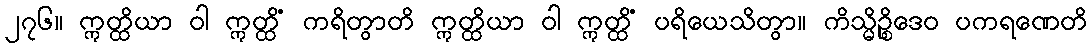
၂၇၆။ ဣတ္ထိယာ ဝါ ဣတ္ထိံ ကရိတွာတိ ဣတ္ထိယာ ဝါ ဣတ္ထိံ ပရိယေသိတွာ။ ကိသ္မိဉ္စိဒေဝ ပကရဏေတိ